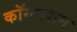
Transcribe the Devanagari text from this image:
कॉग्नीशन